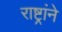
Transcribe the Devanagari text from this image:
राष्ट्रांने